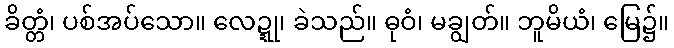
ခိတ္တံ၊ ပစ်အပ်သော။ လေဍ္ဍု၊ ခဲသည်။ ဓုဝံ၊ မချွတ်။ ဘူမိယံ၊ မြေ၌။